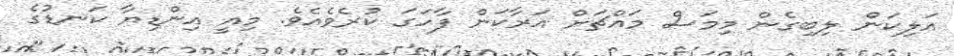
އަލިކަން ލިބިގެން މިމަސް މައްޗަށް އަރާކަން ފާހަގަ ކުރެވެއެވެ. މިއީ އިންޑިޔާ ކަނޑުގެ